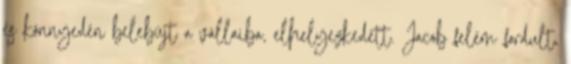
és könnyedén belebújt a vállaiba, elhelyezkedett. Jacob felém fordult,